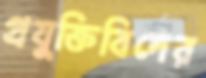
প্রযুক্তিবিদের